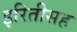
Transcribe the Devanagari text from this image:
इरितीसह